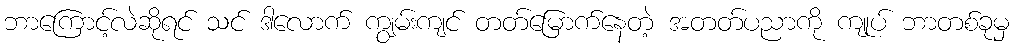
ဘာကြောင့်လဲဆိုရင် သင် ဒါလောက် ကျွမ်းကျင် တတ်မြောက်နေတဲ့ အတတ်ပညာကို ကျုပ် ဘာတစ်ခုမှ